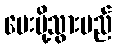
ပေးပို့သွားမည်